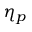
\eta _ { p }